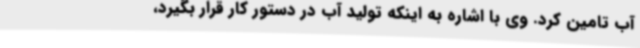
آب تامین کرد. وی با اشاره به اینکه تولید آب در دستور کار قرار بگیرد،